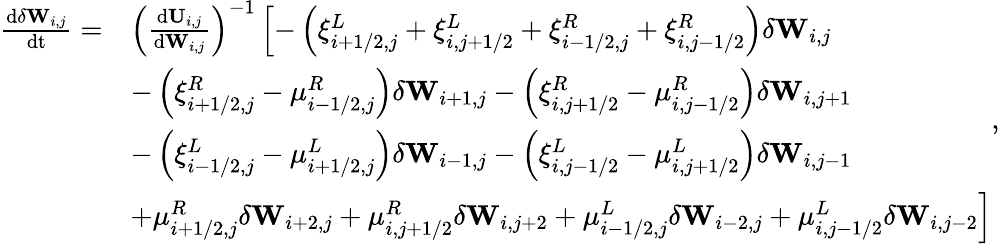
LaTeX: \begin{array}{rl}{\frac{\mathrm{d}\delta\mathbf{W}_{i,j}}{\mathrm{dt}}=}&{\left(\frac{\mathrm{d}\mathbf{U}_{i,j}}{\mathrm{d}{\mathbf{W}_{i,j}}}\right)^{-1}\left[-\left(\xi_{i+1/2,j}^{L}+\xi_{i,j+1/2}^{L}+\xi_{i-1/2,j}^{R}+\xi_{i,j-1/2}^{R}\right)\delta\mathbf{W}_{i,j}\right.}\\ &{-\left(\xi_{i+1/2,j}^{R}-\mu_{i-1/2,j}^{R}\right)\delta\mathbf{W}_{i+1,j}-\left(\xi_{i,j+1/2}^{R}-\mu_{i,j-1/2}^{R}\right)\delta\mathbf{W}_{i,j+1}}\\ &{-\left(\xi_{i-1/2,j}^{L}-\mu_{i+1/2,j}^{L}\right)\delta\mathbf{W}_{i-1,j}-\left(\xi_{i,j-1/2}^{L}-\mu_{i,j+1/2}^{L}\right)\delta\mathbf{W}_{i,j-1}}\\ &{\left.+\mu_{i+1/2,j}^{R}\delta\mathbf{W}_{i+2,j}+\mu_{i,j+1/2}^{R}\delta\mathbf{W}_{i,j+2}+\mu_{i-1/2,j}^{L}\delta\mathbf{W}_{i-2,j}+\mu_{i,j-1/2}^{L}\delta\mathbf{W}_{i,j-2}\right]}\end{array},